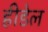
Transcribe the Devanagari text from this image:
हीडेल